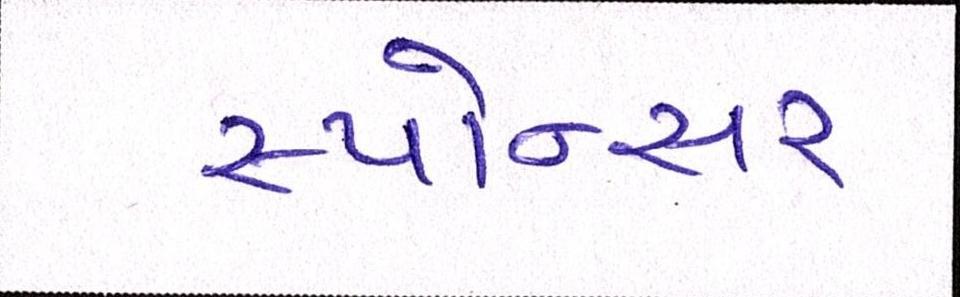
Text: સ્પોન્સર